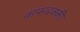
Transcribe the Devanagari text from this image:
वाफचक्की